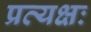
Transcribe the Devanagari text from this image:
प्रत्यक्षः